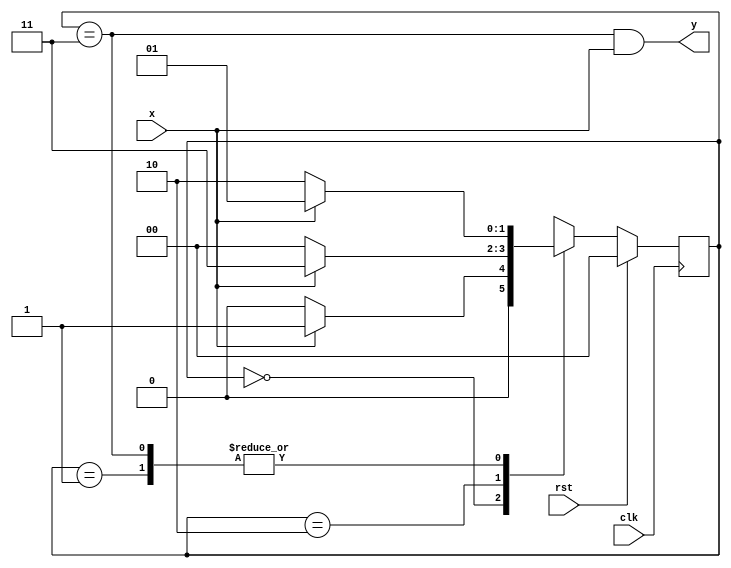
module seq_det2(input x,clk,rst, output y);
parameter idle = 3'b000, s1 = 3'b001, s10 = 3'b010, s101 = 3'b011;
reg [1:0] state, next_state;
always@(*)begin
    case(state)
    idle : next_state = x ? s1 : idle ;
    s1   : next_state = x ? s1 : s10 ;
    s10  : next_state = x ? s101 : idle ;
    s101 : next_state = x ? s1 : s10 ;
    default : next_state = idle;
    endcase
end
always@(posedge clk)begin
    if(rst) state<=idle;
    else begin
        state<=next_state;
    end
end
assign y = (state==s101)&&x;
endmodule